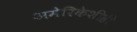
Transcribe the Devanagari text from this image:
अमेरिकेशीही